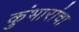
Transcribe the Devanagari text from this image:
कुंभारांचा